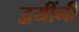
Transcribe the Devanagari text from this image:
द्वयींनी